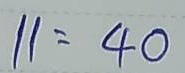
11 = 40